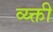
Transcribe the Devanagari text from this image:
व्य्क्ती